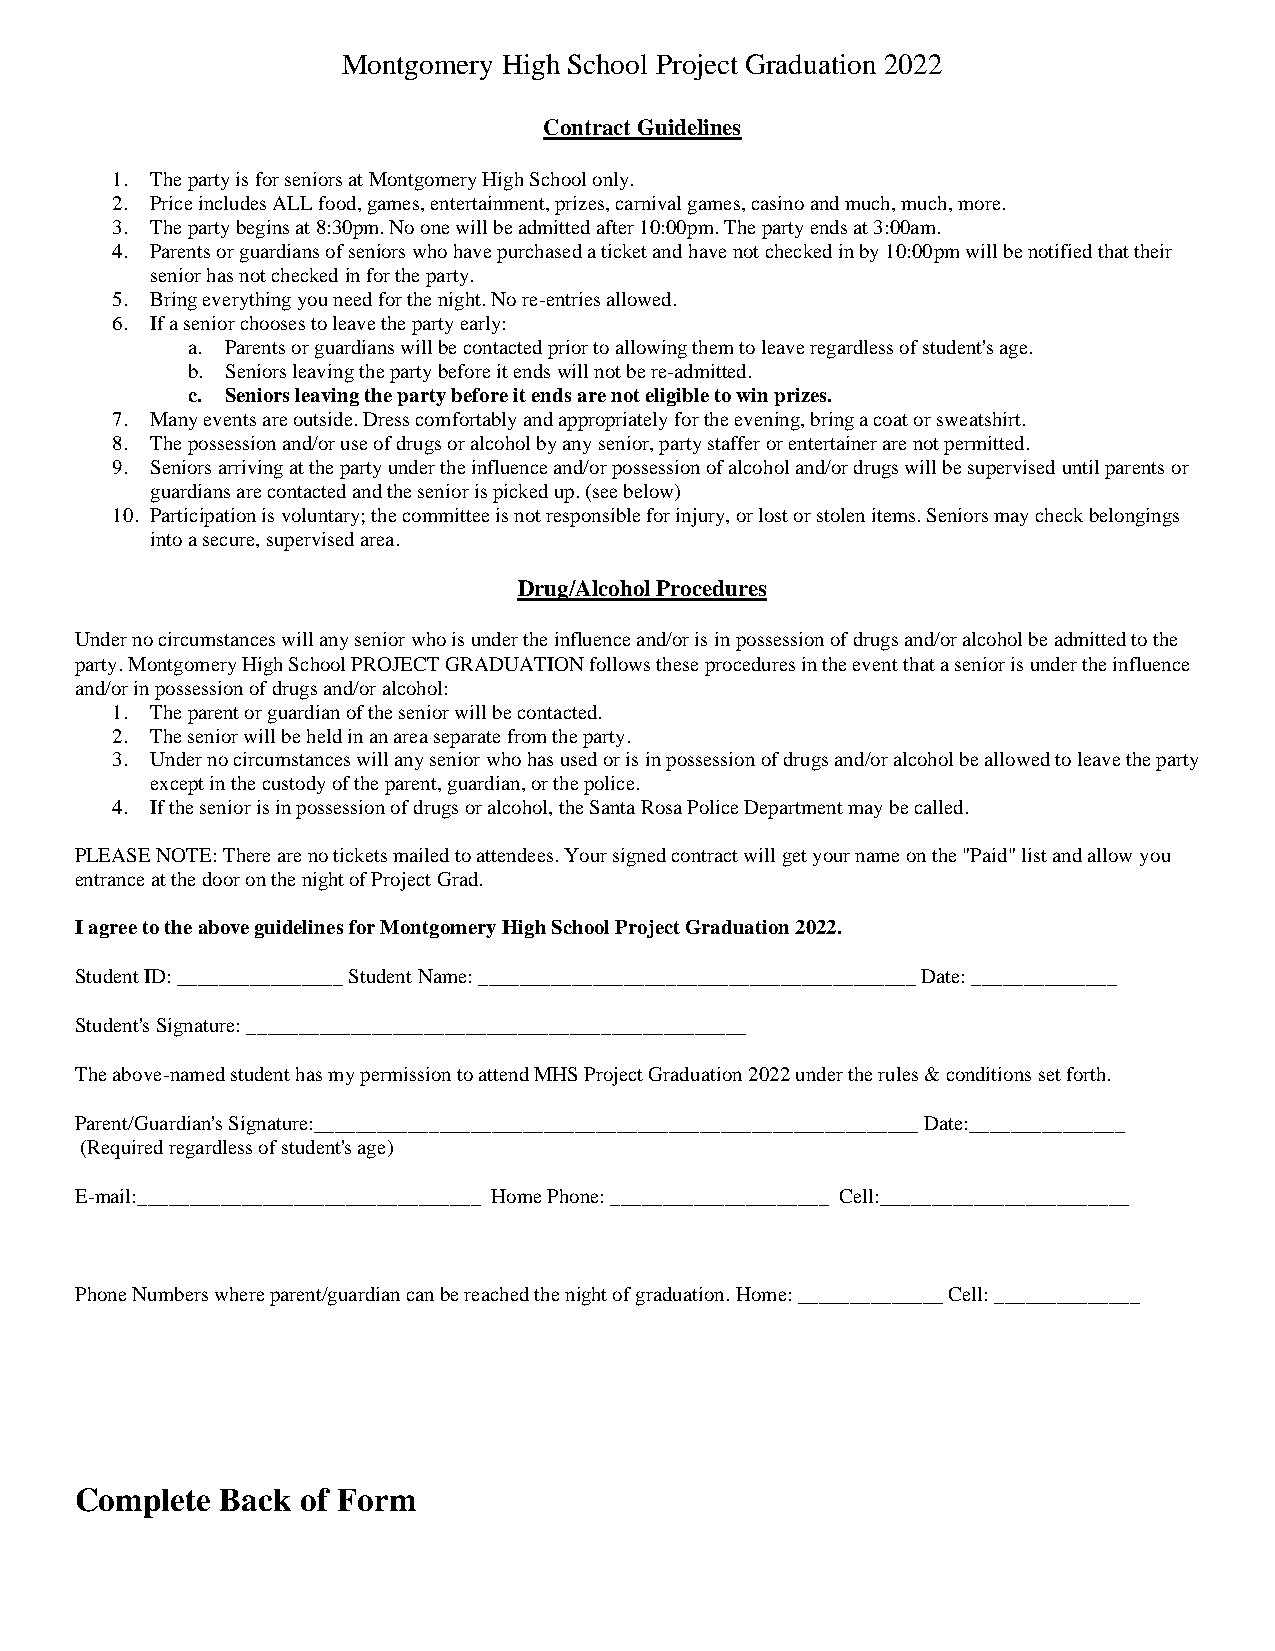
Montgomery High School Project Graduation 2022
 Contract Guidelines
 1. The party is for seniors at Montgomery High School only.
 2. Price includes ALL food, games, entertainment, prizes, carnival games, casino and much, much, more.
 3. The party begins at 8:30pm. No one will be admitted after 10:00pm. The party ends at 3:00am.
 4. Parents or guardians of seniors who have purchased a ticket and have not checked in by 10:00pm will be notified that their
 senior has not checked in for the party.
 5. Bring everything you need for the night. No re-entries allowed.
 6. If a senior chooses to leave the party early:
 a. Parents or guardians will be contacted prior to allowing them to leave regardless of student's age.
 b. Seniors leaving the party before it ends will not be re-admitted.
 c. Seniors leaving the party before it ends are not eligible to win prizes.
 7. Many events are outside. Dress comfortably and appropriately for the evening, bring a coat or sweatshirt.
 8. The possession and/or use of drugs or alcohol by any senior, party staffer or entertainer are not permitted.
 9. Seniors arriving at the party under the influence and/or possession of alcohol and/or drugs will be supervised until parents or
 guardians are contacted and the senior is picked up. (see below)
 10. Participation is voluntary; the committee is not responsible for injury, or lost or stolen items. Seniors may check belongings
 into a secure, supervised area.
 Drug/Alcohol Procedures
 Under no circumstances will any senior who is under the influence and/or is in possession of drugs and/or alcohol be admitted to the
 party. Montgomery High School PROJECT GRADUATION follows these procedures in the event that a senior is under the influence
 and/or in possession of drugs and/or alcohol:
 1. The parent or guardian of the senior will be contacted.
 2. The senior will be held in an area separate from the party.
 3. Under no circumstances will any senior who has used or is in possession of drugs and/or alcohol be allowed to leave the party
 except in the custody of the parent, guardian, or the police.
 4. If the senior is in possession of drugs or alcohol, the Santa Rosa Police Department may be called.
 PLEASE NOTE: There are no tickets mailed to attendees. Your signed contract will get your name on the "Paid" list and allow you
 entrance at the door on the night of Project Grad.
 I agree to the above guidelines for Montgomery High School Project Graduation 2022.
 Student ID: ________________ Student Name: __________________________________________ Date: ______________
 Student's Signature: ________________________________________________
 The above-named student has my permission to attend MHS Project Graduation 2022 under the rules & conditions set forth.
 Parent/Guardian's Signature:__________________________________________________________ Date:_______________
 (Required regardless of student's age)
 E-mail:_________________________________ Home Phone: _____________________ Cell:________________________
 Phone Numbers where parent/guardian can be reached the night of graduation. Home: ______________ Cell: ______________
 Complete  Back of Form